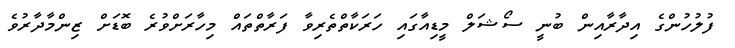
ފުލުހުންގެ އިދާރާއިން ބުނީ ސޯޝަލް މީޑިއާގައި ހަރަކާތްތެރިވާ ފަރާތްތައް މިހާރަށްވުރެ ބޮޑަށް ޒިންމާދާރުވެ